Annual report of the Imperial Bacteriologist
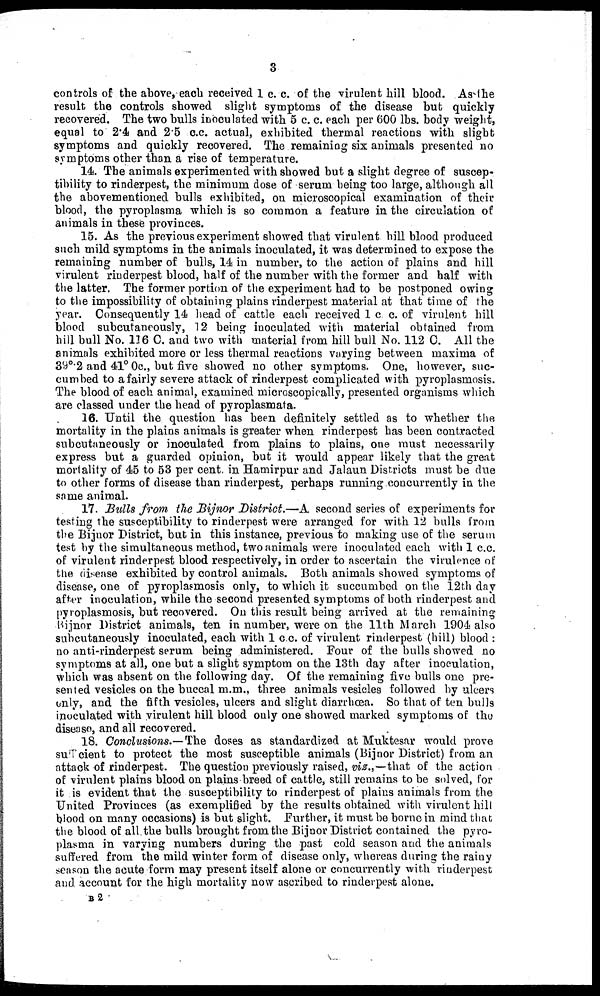
3
controls of the above, each received 1 c. c. of the virulent hill blood. As the
result the controls showed slight symptoms of the disease but quickly
recovered. The two bulls inoculated with 5 c. c. each per 600 lbs. body weight,
equal to 2.4 and 2.5 c.c. actual, exhibited thermal reactions with slight
symptoms and quickly recovered. The remaining six animals presented no
symptoms other than a rise of temperature.
14. The animals experimented with showed but a slight degree of suscep-
tibility to rinderpest, the minimum dose of serum being too large, although all
the abovementioned bulls exhibited, on microscopical examination of their
blood, the pyroplasma which is so common a feature in the circulation of
animals in these provinces.
15. As the previous experiment showed that virulent hill blood produced
such mild symptoms in the animals inoculated, it was determined to expose the
remaining number of bulls, 14 in number, to the action of plains and hill
virulent rinderpest blood, half of the number with the former and half with
the latter. The former portion of the experiment had to be postponed owing
to the impossibility of obtaining plains rinderpest material at that time of the
year. Consequently 14 head of cattle each received 1 c c. of virulent hill
blood subcutaneously, 12 being inoculated with material obtained from
hill bull No. 116 C. and two with material from hill bull No. 112 C. All the
animals exhibited more or less thermal reactions varying between maxima of
39°.2 and 41°0c., but five showed no other symptoms. One, however, suc¬
cumbed to a fairly severe attack of rinderpest complicated with pyroplasmosis.
The blood of each animal, examined microscopically, presented organisms which
are classed under the head of pyroplasmata.
16. Until the question has been definitely settled as to whether the
mortality in the plains animals is greater when rinderpest has been contracted
subcutaneously or inoculated from plains to plains, one must necessarily
express but a guarded opinion, but it would appear likely that the great
mortality of 45 to 53 per cent. in Hamirpur and Jalaun Districts must be due
to other forms of disease than rinderpest, perhaps running concurrently in the
same animal.
17. Bulls from the Bijnor District.—A second series of experiments for
testing the susceptibility to rinderpest were arranged for with 12 bulls from
the Bijnor District, but in this instance, previous to making use of the serum
test by the simultaneous method, two animals were inoculated each with 1 c.c.
of virulent rinderpest blood respectively, in order to ascertain the virulence of
the disease exhibited by control animals. Both animals showed symptoms of
disease, one of pyroplasmosis only, to which it succumbed on the 12th day
after inoculation, while the second presented symptoms of both rinderpest and
pyroplasmosis, but recovered. On this result being arrived at the remaining
Bijnor District animals, ten in number, were on the 11th March 1904 also
subcutaneously inoculated, each with 1 c.c. of virulent rinderpest (hill) blood :
no anti-rinderpest serum being administered. Four of the bulls showed no
symptoms at all, one but a slight symptom on the 13th day after inoculation,
which was absent on the following day. Of the remaining five bulls one pre-
sented vesicles on the buccal m.m., three animals vesicles followed by ulcers
only, and the fifth vesicles, ulcers and slight diarrhœa. So that of ten bulls
inoculated with virulent hill blood only one showed marked symptoms of the
disease, and all recovered.
18. Conclusions.— The doses as standardized at Muktesar would prove
sufficient to protect the most susceptible animals (Bijnor District) from an
attack of rinderpest. The question previously raised, viz.,—that of the action
of virulent plains blood on plains breed of cattle, still remains to be solved, for
it is evident that the susceptibility to rinderpest of plains animals from the
United Provinces (as exemplified by the results obtained with virulent hill
blood on many occasions) is but slight. Further, it must be borne in mind that
the blood of all the bulls brought from the Bijnor District contained the pyro-
plasma in varying numbers during the past cold season and the animals
suffered from the mild winter form of disease only, whereas during the rainy
season the acute form may present itself alone or concurrently with rinderpest
and account for the high mortality now ascribed to rinderpest alone.
B 2